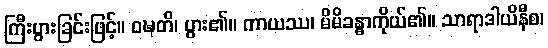
ကြီးပွားခြင်းဖြင့်။ ဝဍ္ဎတိ၊ ပွား၏။ ကာယဿ၊ မိမိခန္ဓာကိုယ်၏။ သာရာဒါယိနီစ၊